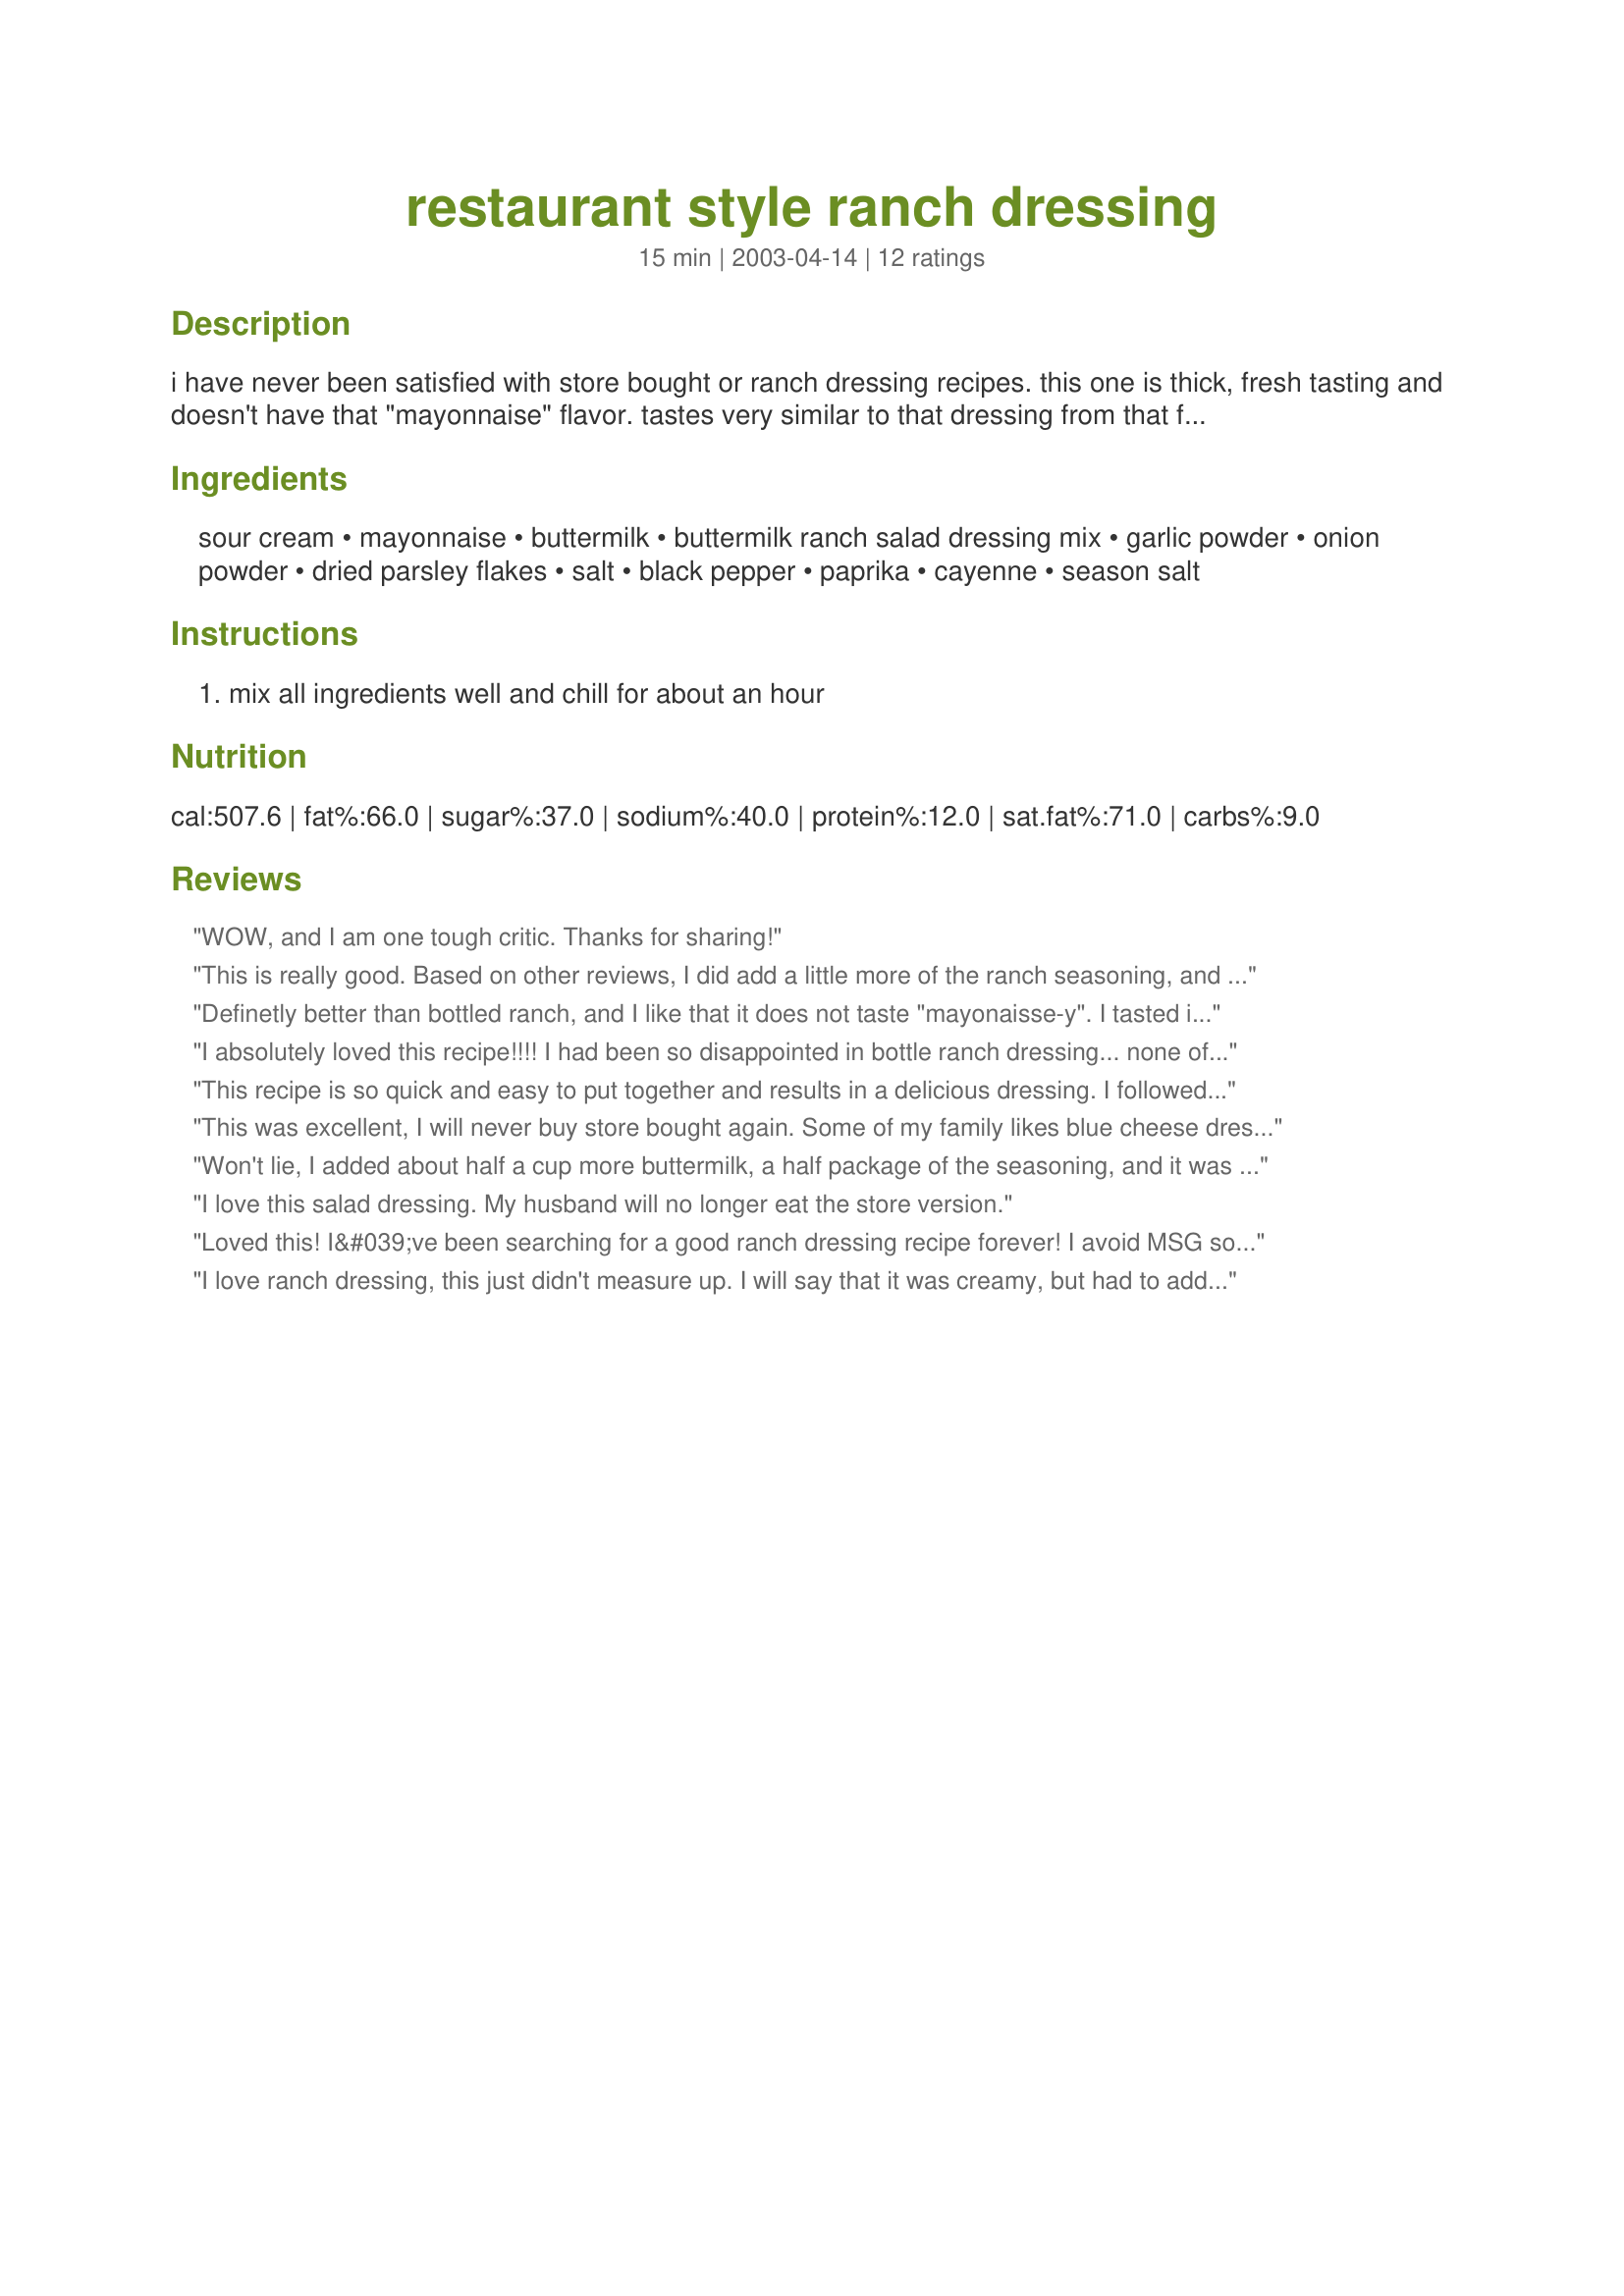
restaurant style ranch dressing
Preparation time: 15 minutes

i have never been satisfied with store bought or ranch dressing recipes. this one is thick, fresh tasting and doesn't have that "mayonnaise" flavor. tastes very similar to that dressing from that famed "aussie" steak restaurant if you add paprika and cayenne to it. this is my own recipe and i had a party and served it with fresh veggies and it got rave reviews. hope you like it.

Ingredients:
sour cream, mayonnaise, buttermilk, buttermilk ranch salad dressing mix, garlic powder, onion powder, dried parsley flakes, salt, black pepper, paprika, cayenne, season salt

Steps:
mix all ingredients well and chill for about an hour

Reviews:
WOW, and I am one tough critic. Thanks for sharing!
This is really good. Based on other reviews, I did add a little more of the ranch seasoning, and it turned out perfect. Thanks for posting.
Definetly better than bottled ranch, and I like that it does not taste "mayonaisse-y". I tasted it after an hour, but the flavor improved after a few extra hours in the refrigerator, so I would reccommend chilling for 2-3 hours.
I absolutely loved this recipe!!!! I had been so disappointed in bottle ranch dressing... none of them seem to taste good anymore, so I decided to look on the internet and see if anyone had a good recipe for ranch dressing and found this... this one did not disappoint. I've been making this one ever since. I'm through with bottled ranch dressing!!!! Thanks for southern_gal12000!!!!
This recipe is so quick and easy to put together and results in a delicious dressing. I followed the recipe as written. For the optional ingredients listed I used a scant 1/2 tsp paprika and several good shakes of cayenne and seasoning salt. I let it chill about an hour before using. So far I have tried it with salad, cheese sticks and sliced tomatoes. It has been great on all of them! Thanks for sharing your yummy recipe southern gal!
This was excellent, I will never buy store bought again. Some of my family likes blue cheese dressing, so I crumbled some blue cheese on their salads. and sprinkled crispy crumbled bacon over all salads.
Won't lie, I added about half a cup more buttermilk, a half package of the seasoning, and it was perfect. We wanted it closer to restaurant style, which is thinner. Otherwise, great amount of mayo and sour cream to keep it from being too strong of a flavour for those 2. Other recipes call for WAAAAAY too much mayo.
I love this salad dressing. My husband will no longer eat the store version.
Loved this! I&#039;ve been searching for a good ranch dressing recipe forever! I avoid MSG so instead of the Hidden Valley mix, I used Simply Organic. I don&#039;t like the dressing made according to the Simply Organic package directions, but I loved this variation! I also used closer to a tablespoon of the dressing mix.
I love ranch dressing, this just didn't measure up. I will say that it was creamy, but had to add a whole pkt of Hidden Valley before it was useable.
I used reduced fat sourcream and and replaced the buttermilk with 1% and this turned out really good. I didn't think it had enough flavor initially so I added more ranch mix. 10 times better than the bottled stuff.
I really liked this dressing, and followed this exactly. We will use this again, but I feel like it could use about 1 tablespoon of the ranch dressing mix versus 1 teaspoon. The garlic powder goes perfectly here, and I used low fat buttermilk with low fat mayo, and low fat sour cream. I also used the optional ingredients, the cayenne, the paprika, and some "Crazy Janes" Mixed up salt just to taste. Great recipe and will be using this often!
